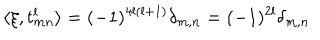
LaTeX: \langle \xi , t _ { m n } ^ { l } \rangle = ( - 1 ) ^ { 4 l ( l + 1 ) } \delta _ { m , n } = ( - 1 ) ^ { 2 l } \delta _ { m , n }